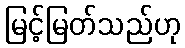
မြင့်မြတ်သည်ဟု